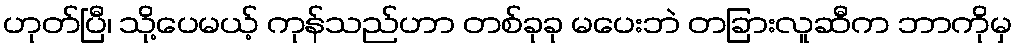
ဟုတ်ပြီ၊ သို့ပေမယ့် ကုန်သည်ဟာ တစ်ခုခု မပေးဘဲ တခြားလူဆီက ဘာကိုမှ